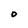
Character: 0